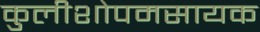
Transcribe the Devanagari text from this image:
कुलीशोपमसायक